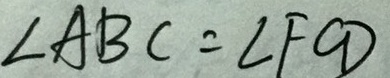
\angle A B C = \angle F C D